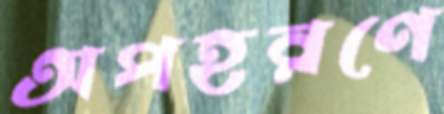
অপহরণে